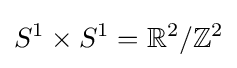
S^{1}\times S^{1}=\mathbb {R} ^{2}/\mathbb {Z} ^{2}